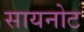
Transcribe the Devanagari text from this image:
सायनोट